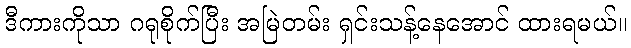
ဒီကားကိုသာ ဂရုစိုက်ပြီး အမြဲတမ်း ရှင်းသန့်နေအောင် ထားရမယ်။